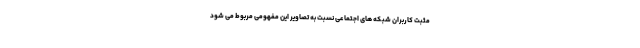
مثبت کاربران شبکه های اجتماعی نسبت به تصاویر این مفهومی مربوط می شود